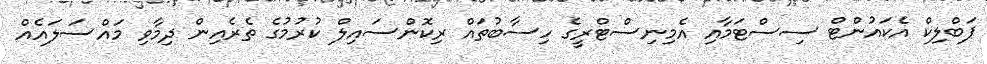
ޕަބްލިކް އެކައުންޓް ސިސްޓަމާއި އެމިނިސްޓްރީގެ ހިސާބުތައް ރިކޮންސައިލް ކުރުމުގެ ތެރެއިން ދިމާވި މައްސަލައެއް